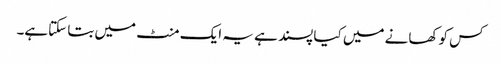
کس کو کھانے میں کیا پسند ہے یہ ایک منٹ میں بتا سکتاہے۔